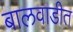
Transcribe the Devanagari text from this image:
बालवाडीत